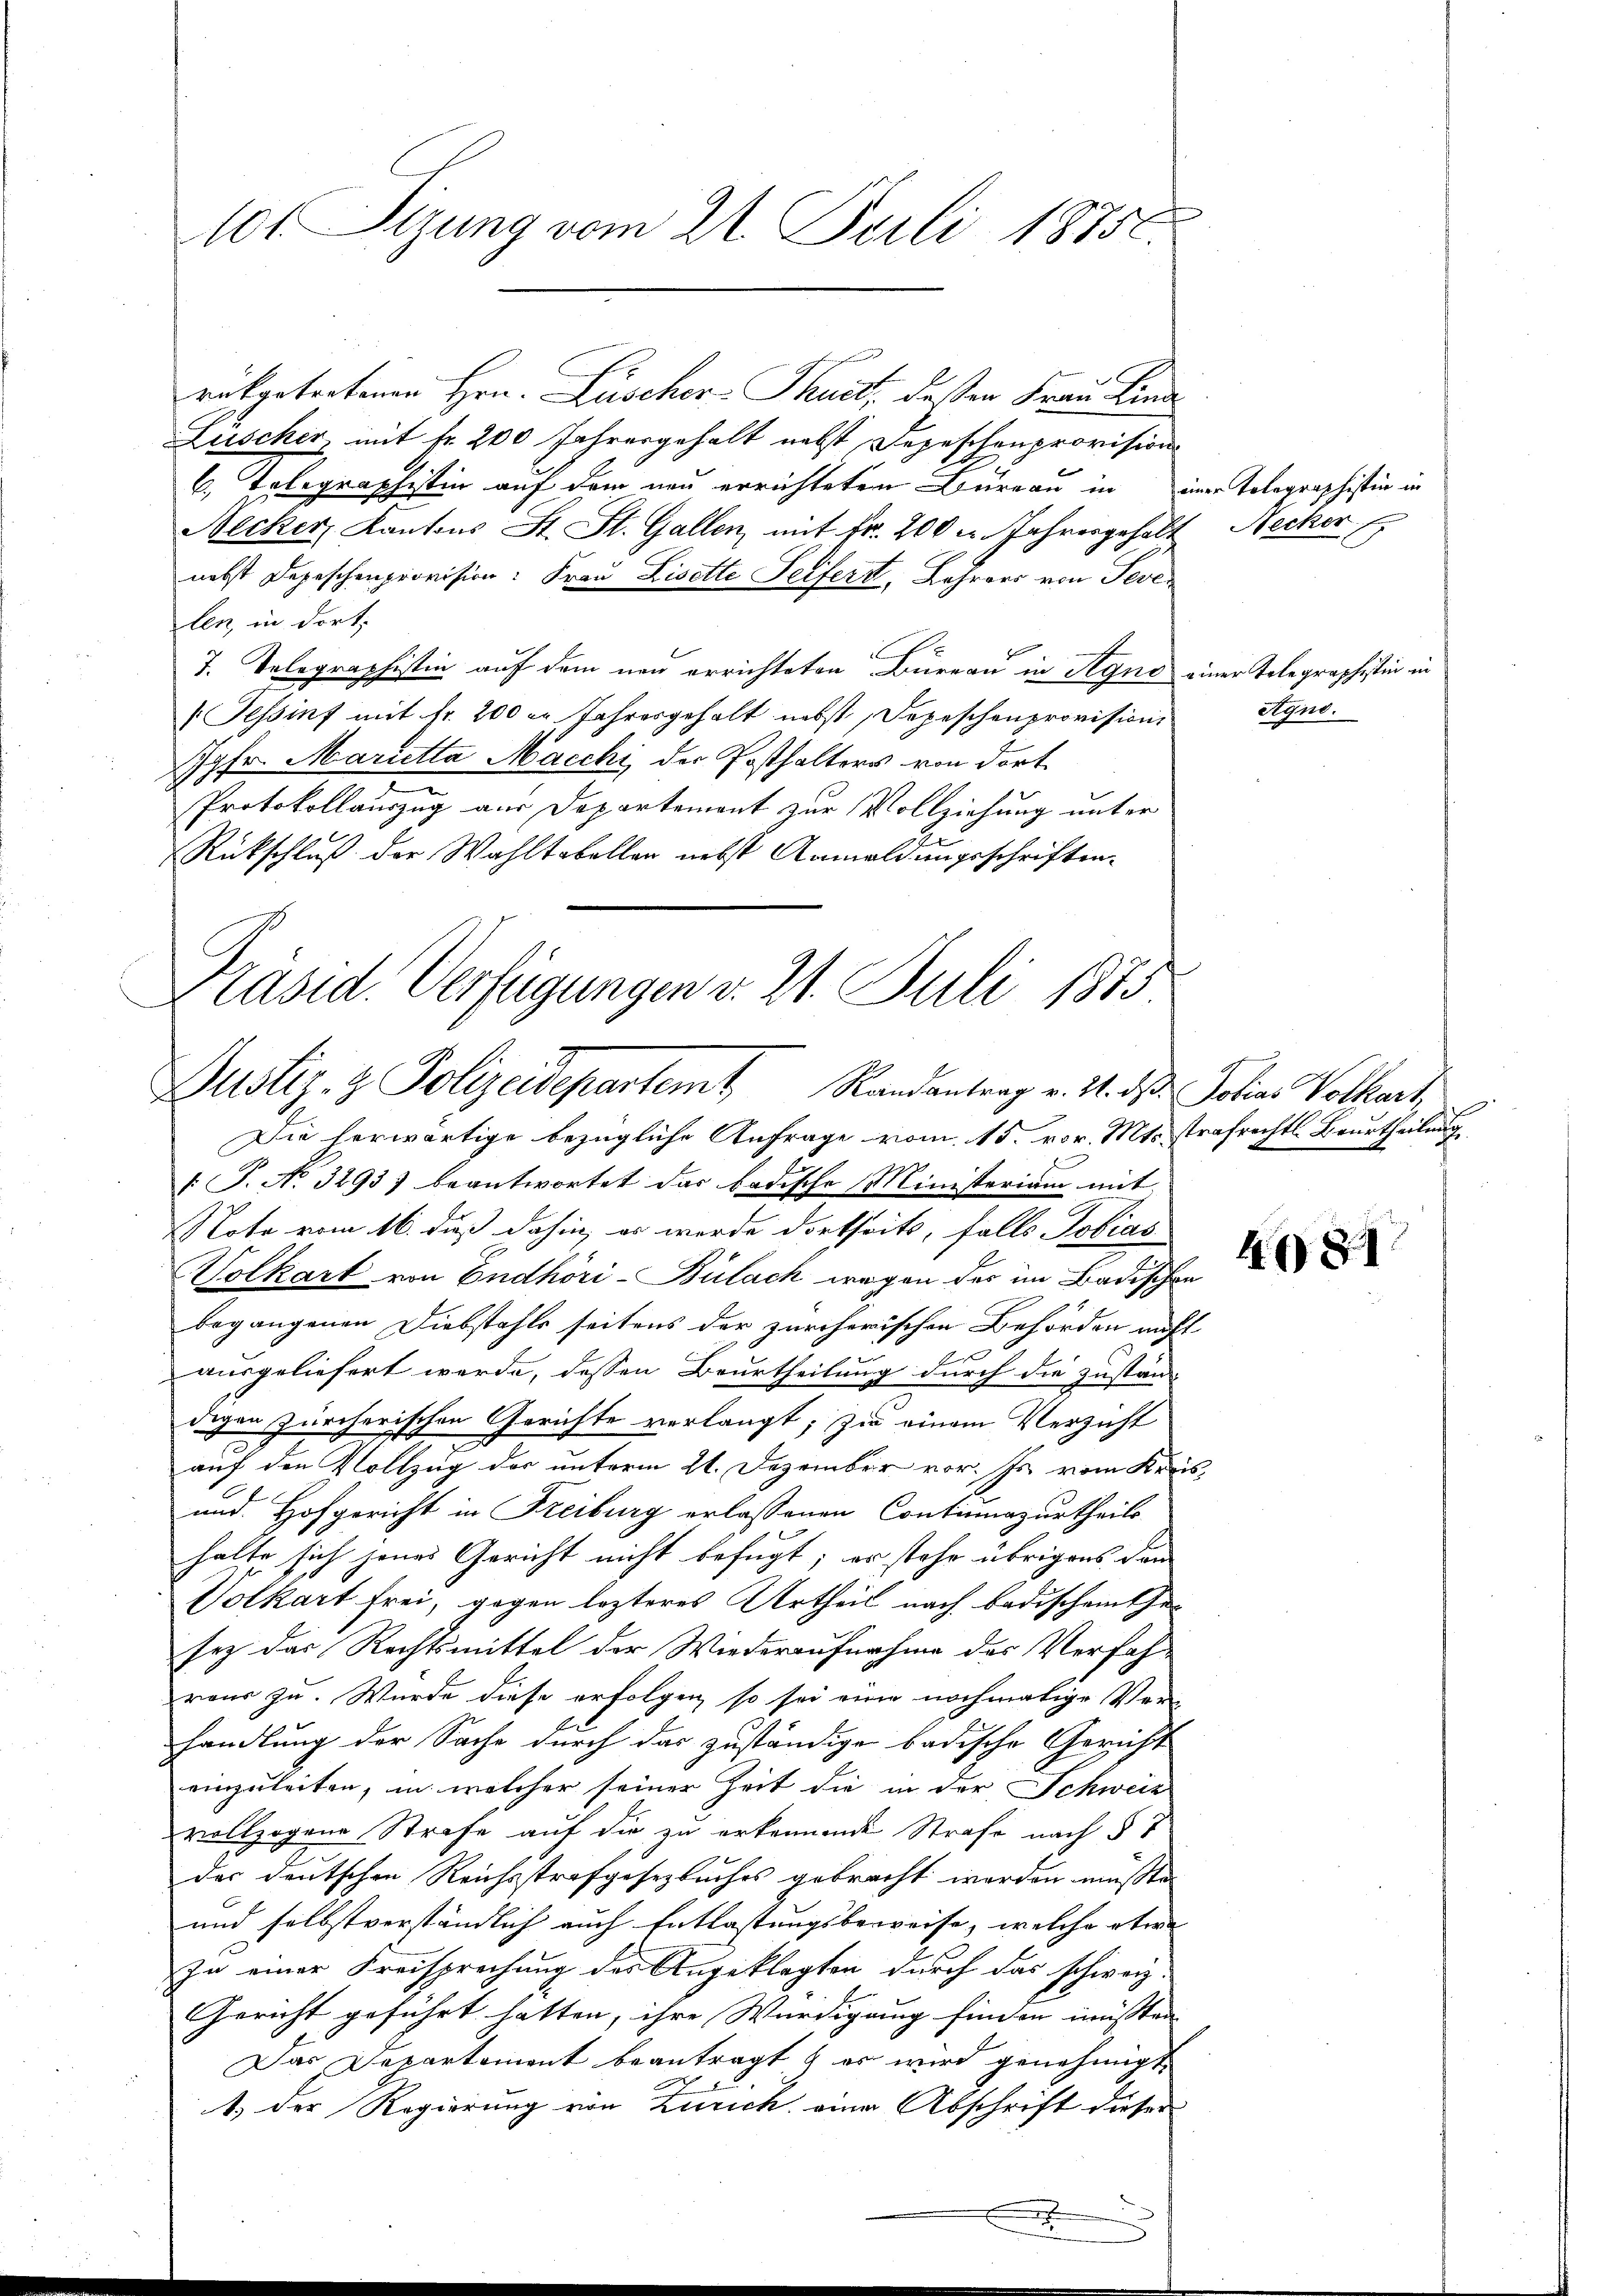
101 Sizung vom 21. Juli 18756.

rükgetretenen Hrn. Lüscher-Thuet, deßen Frau Kind
Luscher, mit fr. 200 Jahresgehalt nebst Depeschenprovisions
6. Polographistin auf dem neu errichteten Bureau in
Becker, Kantons St. St. Gallen, mit Fr. 200 u. Jahrengehalt
nebst Depeschenprovision: Frau Lisette Seifert, Lehrers von Sevelen, in dort.
7. Telegraphistin auf dem neu errichteten Büreau in Agno-
(Tessinf mit Fr. 200 er Jahresgehalt nebst, Depeschenprovision
Jgfr. Marietta Macchi der Posthalters von dort
Protokollauszug aus Departemont zur Vollziehung unter
Rückschluß der Wahltabellen nebst Anmeldungeschriften.

Präsid. Verfügungen v. 21. Juli 1873
Justiz- & Polizeidepartem Randantrag v. 21. d. Polias Volkart,

iner Tolographistin in
Necker

iner Telegraphistin in
Agno.

Die herwärtige bezügliche Anfrage vom 15. vor. Mts. strafrechts Beurtheilung
 J. No. 3293) beantwortet das badische Ministerium mit
Note vom 16. daß dahin, es werde dortseits, falls Tobias
Volkart von Endhöri-Bülach wegen der im Badischen
begangenen Diebstahls seitens der zürcherischen Behörden auft
ausgeliefert werde, dessen Beurtheilung durch die zustän-
digen Zürcherischen Gerichte verlangt; sie einem Verzicht
.
auf den Vollzug der unterm 21. Dezember vor. Js. vom Kreis,
und Hofgericht in Freiburg erlassenen Continuazurtheils
halte sich jenes Gericht nicht befugt; er stehe übrigens dan
Volkart frei, gegen lezteres Urtheil nach Badischeinthesey das Rechtsmittel der Wiederaufnahme des Verfah-
raus zu. Wurde diese erfolgen, so sei eine nochmalige Ver-
handlung der Sache durch das zuständige badische Gericht
einzuleiten, in welcher seiner Zeit die in der Schweiz
vollzogene Strafe auf die zu erkennende Strafe nach § 7
das deutschen Reichsstrafgesetzbuches gebracht werden müsste
und selbstverständlich auch Entlastungsbeweise, welche etwa
In einer Kreisprechung des Angeklagten durch das schweiz.
Gericht geführt hatten, ihre Würdigung finden müssten |
Das Departement beantragt & es wird genehmigt.
1.) Der Regierung von Zürich eine Abschrift dieser
x

481